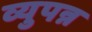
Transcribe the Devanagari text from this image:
व्युपन्न